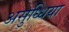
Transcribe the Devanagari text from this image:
असुध्धिया